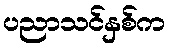
ပညာသင်နှစ်က